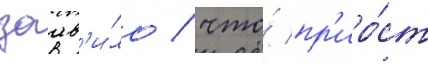
заав'и́ло / что́ пр'иро́ст